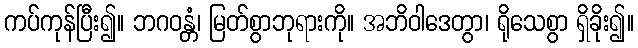
ကပ်ကုန်ပြီး၍။ ဘဂဝန္တံ၊ မြတ်စွာဘုရားကို။ အဘိဝါဒေတွာ၊ ရိုသေစွာ ရှိခိုး၍။